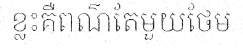
ខ្លះគឺពណ៌តែមួយថែម